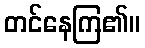
တင်နေကြ၏။